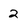
Character: 2